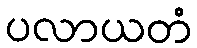
ပလာယတံ